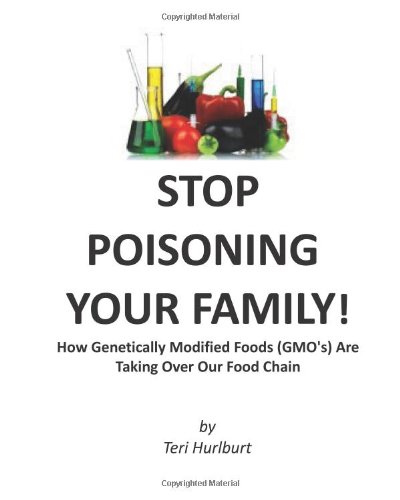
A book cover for Stop Poisoning Your Family!: How Genetically Modified Foods (GMO's) Are Taking Ov; Teri Hurlburt; Health, Fitness & Dieting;